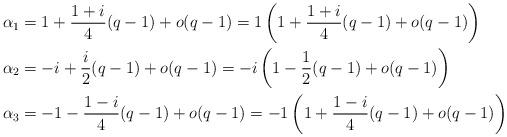
LaTeX: \begin{align*} \alpha_1 &= 1 + \frac{1+i}{4}(q-1) + o(q-1) = 1 \left(1 + \frac{1+i}{4}(q-1) + o(q-1) \right) \\ \alpha_2 &= -i + \frac{i}{2}(q-1) + o(q-1) = -i \left(1 - \frac{1}{2}(q-1) + o(q-1) \right) \\ \alpha_3 &= -1 - \frac{1-i}{4}(q-1) + o(q-1) =-1\left(1 + \frac{1-i}{4}(q-1) + o(q-1) \right)\end{align*}